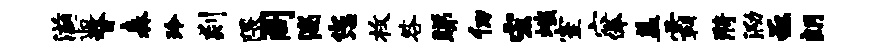
滋逅瞀森玲剡隈阁湍您枚咎睇仞宏嗤室穴俸盖霸漪泐亟朗